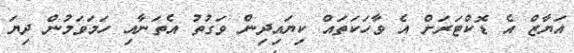
އަޔާޒް އެ ޑޮކްޓަރަށް އެ ވާހަކަތައް ކިޔައިދިން ވަގުތު އެތަނާއި ހަމަވަމުން ދިޔަ